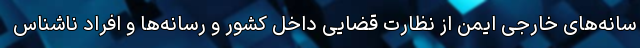
سانه‌های خارجی ایمن از نظارت قضایی داخل کشور و رسانه‌ها و افراد ناشناس